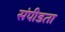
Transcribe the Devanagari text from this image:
संपीडता